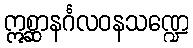
ဣစ္ဆာနင်္ဂလဝနသဏ္ဍေ